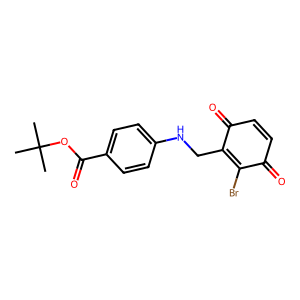
SMILES: CC(C)(C)OC(=O)c1ccc(NCC2=C(Br)C(=O)C=CC2=O)cc1
Inhibits HIV replication: No